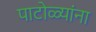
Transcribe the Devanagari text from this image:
पाटोळ्यांना